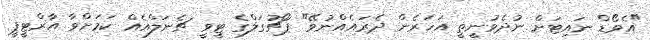
"އެވޯޑް ނައިޓަށް ނުދެވުނީތީ އަހަރެން ދެރައެއްނުވޭ" ޕޯޗުގަލްގެ ޓީވީ ޗެނަލްއެއް ކަމަށްވާ އާރްޓީޕީ